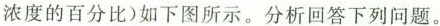
浓度的百分比）如下图所示。分析回答下列问题。